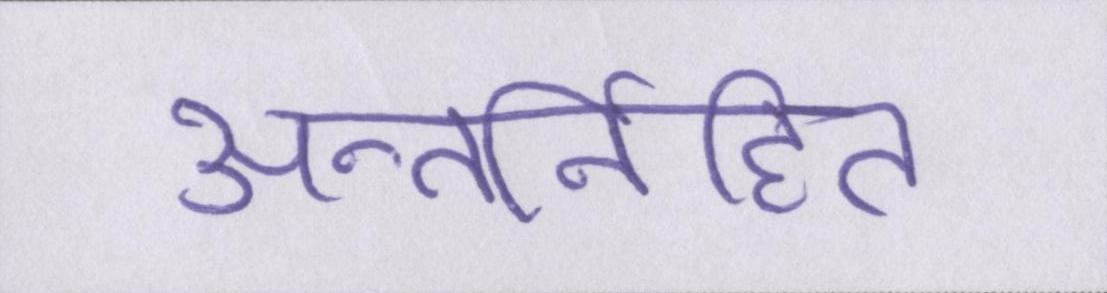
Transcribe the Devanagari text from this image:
अन्तर्निहित